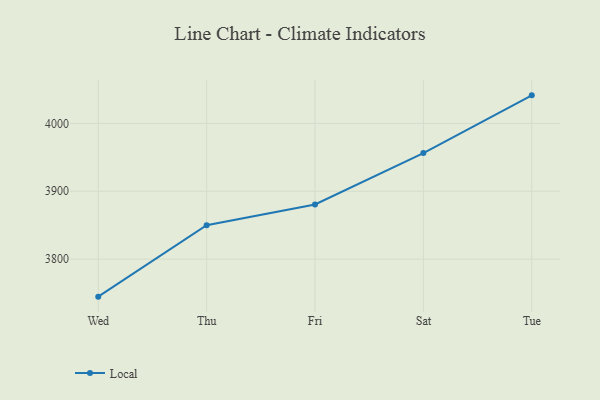
{"axis": {"x": "Day", "y": "Waste Production (Tons)"}, "legend": ["Local"], "data": [{"x": "Wed", "y": 3744.7, "type": "Local"}, {"x": "Thu", "y": 3850.0, "type": "Local"}, {"x": "Fri", "y": 3880.5, "type": "Local"}, {"x": "Sat", "y": 3956.3, "type": "Local"}, {"x": "Tue", "y": 4041.4, "type": "Local"}]}